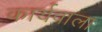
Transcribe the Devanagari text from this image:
कार्यवाला